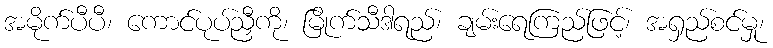
အမိုက်ပီပီ၊ ကောင်ပုပ်ညှီကို၊ မြိုက်သီဒါရည်၊ ချမ်းရေကြည်ဖြင့်၊ အရှည်စင်မှု၊